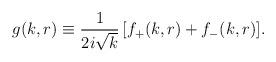
LaTeX: \begin{align*}g(k,r)\equiv {1\over 2i\sqrt{k}}\,[f_{+}(k,r)+f_{-}(k,r)].\end{align*}